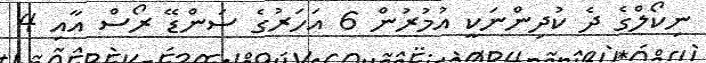
ނިކޯލްގެ ދެ ކުދިންނަކީ އުމުރުން 6 އަހަރުގެ ސަންޑޭ ރޯސް އާއި 4